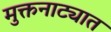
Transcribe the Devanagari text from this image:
मुक्तनाट्यात